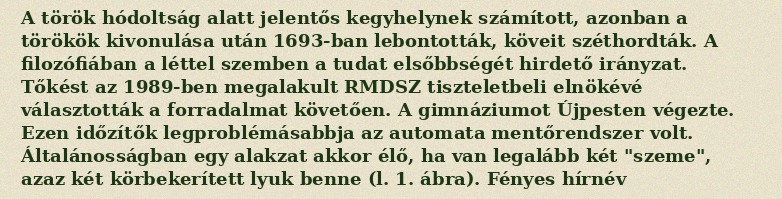
A török hódoltság alatt jelentős kegyhelynek számított, azonban a törökök kivonulása után 1693-ban lebontották, köveit széthordták. A filozófiában a léttel szemben a tudat elsőbbségét hirdető irányzat. Tőkést az 1989-ben megalakult RMDSZ tiszteletbeli elnökévé választották a forradalmat követően. A gimnáziumot Újpesten végezte. Ezen időzítők legproblémásabbja az automata mentőrendszer volt. Általánosságban egy alakzat akkor élő, ha van legalább két "szeme", azaz két körbekerített lyuk benne (l. 1. ábra). Fényes hírnév